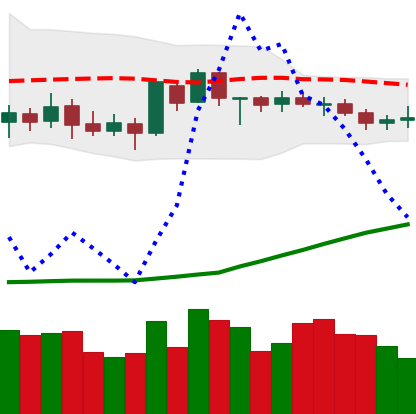
Ticker: BTC-USD
Chart end date: 2020-07-18
Forward return: 4.608%
Label: up_3_5